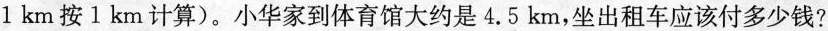
1km按1km计算)。小华家到体育馆大约是4.5km，坐出租车应该付多少钱?